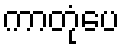
ကာတုံပေ